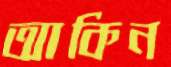
আকিন